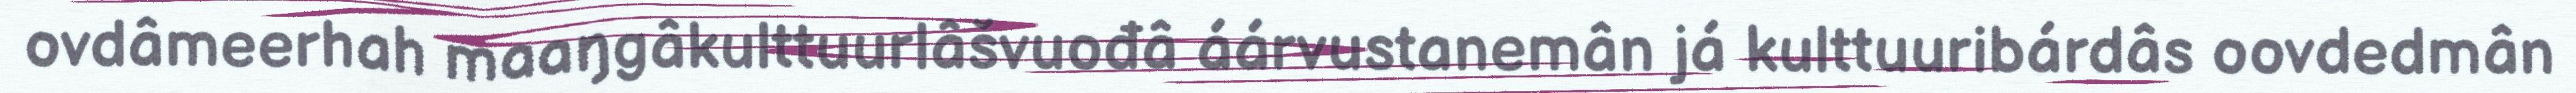
ovdâmeerhah maaŋgâkulttuurlâšvuođâ áárvustanemân já kulttuuribárdâs oovdedmân